Report of the Bombay Veterinary College
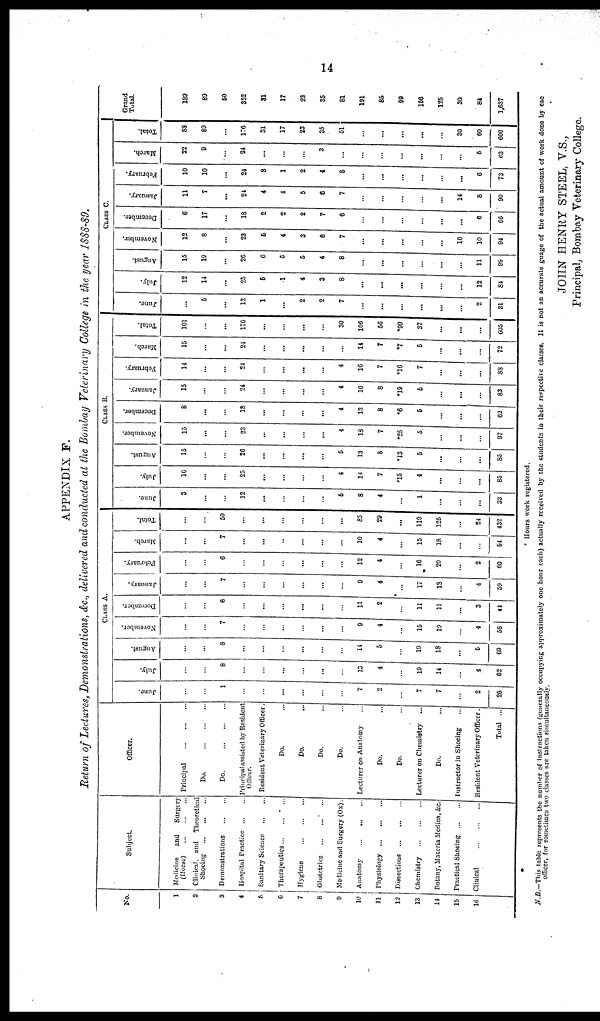
14
APPENDIX F.
Return of Lectures, Demonstrations, &c., delivered and conducted at the Bombay Veterinary College in the year 1888-89.
No.
1
2
3
4
5
6
7
8
9
10
11
12
13
14
15
16
Subject.
Medicine and
Surgery
(Horse)
...
...
...
Clinical. and Theoretical
Shoeing
...
...
...
Demonstrations ... ...
Hospital Practice... ...
Sanitary Science ... ...
Therapeutics
...
...
Hygiene
...
...
Obstetrics ... ...
Medicine and Surgery (Ox).
Anatomy
...
...
...
Physiology
...
...
...
Dissections
...
...
...
Chemistry
...
...
...
Botany, Materia Medica, &c.
Practical Shoeing ... ... ...
Clinical
...
...
...
Officer.
Principal
...
...
Do
...
...
Do
...
...
Principal assisted by Resident
Officer.
Resident Veterinary Officer
Do.
Do.
Do.
Do.
Lecturer on Anatomy
Do.
Do.
Lecturer on Chemistry
Do.
Instructor in Shoeing
Resident Veterinary Officer.
Total ...
CLASS
A
June.
...
1
...
...
7
2
....
7
7
...
2
26
July.
...
8
...
...
...
13
4
...
19
14
...
4
62
August
...
...
8
...
...
...
...
...
...
11
5
...
19
18
...
6
69
November.
...
7
...
...
9
4
...
15
19
...
4
58
December.
...
6
...
...
...
11
2
...
11
11
...
3
44
January.
...
...
7
...
...
...
9
4
•
17
13
4
59
February.
...
...
6
...
...
...
12
4
...
16
20
2
60
March.
...
...
7
...
...
...
...
10
4
...
15
18
...
...
64
Total.
...
50
...
...
...
...
...
85
29
...
119
125
...
24
432
CLASS
B.
June.
3
...
12
...
...
5
8
4
...
1
...
...
...
33
July.
10
...
...
25
...
...
...
4
11
7
*15
4
...
...
...
85
August.
15
...
20
...
...
...
...
5
13
8
*13
5
...
...
85
November.
15
...
...
23
...
...
...
4
18
7
*25
5
...
...
...
97
December.
8
...
...
18
...
...
...
...
4
13
8
*6
6
...
...
...
62
January.
15
...
...
24
...
...
4
10
8
*19
5
...
...
....
83
February.
14
...
24
...
...
...
4
16
7
*16
7
...
...
...
88
March.
15
...
...
21
...
...
...
...
...
14
7
*7
5
...
...
...
72
Total.
101
...
170
...
...
...
...
30
106
56
*99
37
...
...
...
605
CLASS
C.
June.
...
5
...
12
1
...
2
2
7
...
...
...
...
...
...
2
31
July.
12
14
...
25
6
1
4
3
8
...
...
...
...
...
...
12
84
August.
15
19
...
26
6
5
5
4
8
...
...
...
...
...
11
99
November.
12
8
...
23
6
4
3
66
7
...
...
...
...
...
16
10
94
December.
6
17
...
18
2
2
2
7
6
...
...
...
...
...
...
6
66
January.
11
7
...
24
4
4
5
6
7
...
...
...
...
...
14
8
90
February.
10
10
...
24
8
1
2
4
8
...
...
...
...
...
...
6
73
March.
22
9
...
24
...
...
...
3
...
...
...
...
...
...
...
5
63
Total.
88
89
...
176
31
17
23
35
51
...
...
...
...
...
30
60
600
Grand
Total.
189
89
50
352
31
17
23
35
81
191
85
99
156
125
30
84
1,637
* Hours work registered.
N.B.—This table represents the number of instructions (generally occupying approximately one hour each) actually received by the students in their respective classes. It is not an accurate guage of the actual amount of work done by eac
officer, for sometimes two classes are taken simultaneously.
JOHN HENRY STEEL, V.S.,
Principal, Bombay Veterinary College.